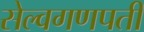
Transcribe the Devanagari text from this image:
सेल्वगणपती